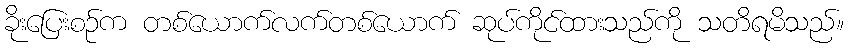
ခိုးပြေးစဉ်က တစ်ယောက်လက်တစ်ယောက် ဆုပ်ကိုင်ထားသည်ကို သတိရမိသည်။